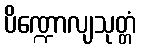
ပိဏ္ဍောလျသုတ္တံ